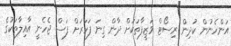
އަންހެނުން ކުދިން ރިސޯޓް ވަޒީފާތަކަށް ދާން ގިނަ ފަހަރަށް ފަސް ޖެހެނީ އާއިލާތަކުގެ